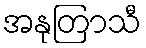
အနုတြာသီ